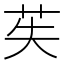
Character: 苵